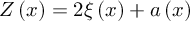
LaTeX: Z \left( x \right) = 2 \xi \left( x \right) + a \left( x \right)